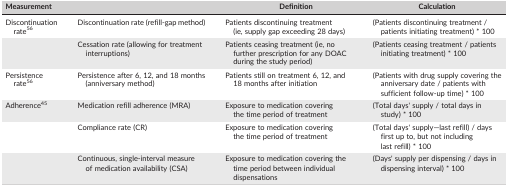
<table><thead><tr><td colspan="2"><b>Measurement</b></td><td><b>Definition</b></td><td><b>Calculation</b></td></tr></thead><tbody><tr><td>Discontinuation rate56</td><td>Discontinuation rate (refill‐gap method)</td><td>Patients discontinuing treatment (ie, supply gap exceeding 28 days)</td><td>(Patients discontinuing treatment / patients initiating treatment) * 100</td></tr><tr><td></td><td>Cessation rate (allowing for treatment interruptions)</td><td>Patients ceasing treatment (ie, no further prescription for any DOAC during the study period)</td><td>(Patients ceasing treatment / patients initiating treatment) * 100</td></tr><tr><td>Persistence rate56</td><td>Persistence after 6, 12, and 18 months (anniversary method)</td><td>Patients still on treatment 6, 12, and 18 months after initiation</td><td>(Patients with drug supply covering the anniversary date / patients with sufficient follow‐up time) * 100</td></tr><tr><td>Adherence45</td><td>Medication refill adherence (MRA)</td><td>Exposure to medication covering the time period of treatment</td><td>(Total days&#x27; supply / total days in study) * 100</td></tr><tr><td></td><td>Compliance rate (CR)</td><td>Exposure to medication covering the time period of treatment</td><td>(Total days&#x27; supply—last refill) / days first up to, but not including last refill) * 100</td></tr><tr><td></td><td>Continuous, single‐interval measure of medication availability (CSA)</td><td>Exposure to medication covering the time period between individual dispensations</td><td>(Days&#x27; supply per dispensing / days in dispensing interval) * 100</td></tr></tbody></table>